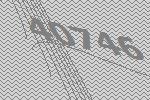
40746